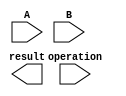
module half_precision_fpu (
    input [15:0] A,
    input [15:0] B,
    input [1:0] operation,
    output reg [15:0] result
);

reg [1:0] exponentA, exponentB, exponentResult;
reg [9:0] mantissaA, mantissaB, mantissaResult;
reg signA, signB, signResult;

reg [1:0] op_code;

always @(*) begin
    if(operation == 2'b00) begin // Addition
        op_code = 2'b00;
    end else if(operation == 2'b01) begin // Subtraction
        op_code = 2'b01;
    end else if(operation == 2'b10) begin // Multiplication
        op_code = 2'b10;
    end else begin // Division
        op_code = 2'b11;
    end
end

always @(*) begin
    signA = A[15];
    exponentA = A[14:10];
    mantissaA = A[9:0];

    signB = B[15];
    exponentB = B[14:10];
    mantissaB = B[9:0];
end

// Adder block
always @(*) begin
    if(op_code == 2'b00) begin
        // Add mantissas
        // Implement addition logic
    end
end

// Subtractor block
always @(*) begin
    if(op_code == 2'b01) begin
        // Subtract mantissas
        // Implement subtraction logic
    end
end

// Multiplier block
always @(*) begin
    if(op_code == 2'b10) begin
        // Multiply mantissas
        // Implement multiplication logic
    end
end

// Divider block
always @(*) begin
    if(op_code == 2'b11) begin
        // Divide mantissas
        // Implement division logic
    end
end

endmodule